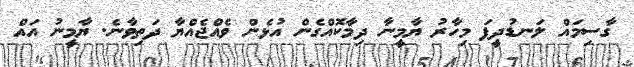
ގާސިމައް ލަނޑުދީފަ މިހާރު ޔާމީނާ ދިމާކޮއްގެން އުޅެން ވެއްޖެއްޔާ ދަތިވާނެ. ޔާމީނު އައް